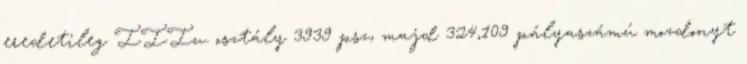
eredetileg IIIu. osztály 3939 psz, majd 324,109 pályaszámú mozdonyt